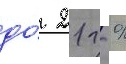
до́ 21 г %